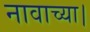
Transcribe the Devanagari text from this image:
नावाच्या।